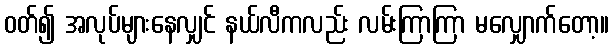
ဝတ်၍ အလုပ်များနေလျှင် နယ်လီကလည်း လမ်းကြာကြာ မလျှောက်တော့။